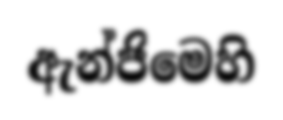
ඇන්ජිමෙහි